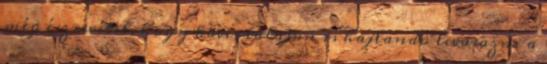
még észrevétel, hogy köves talajon is hajlandó levasazni a